Civil Veterinary Dept. Assam report 1927-50 - 1927-1950
Year: 1927
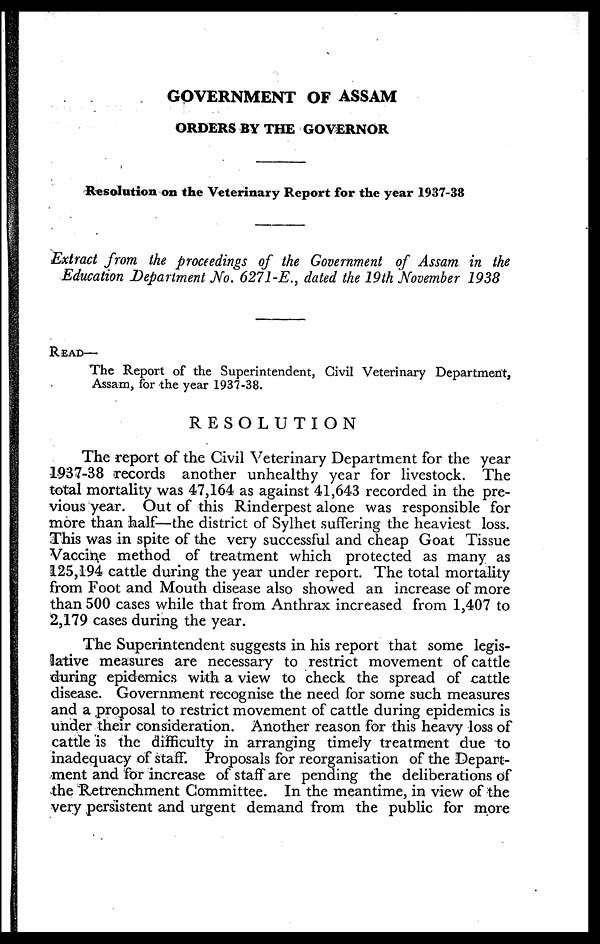
GOVERNMENT OF ASSAM
ORDERS BY THE GOVERNOR
Resolution on the Veterinary Report for the year 1937-38
Extract from the proceedings of the Government of Assam in the
Education Department No. 6271-E., dated the 19th November 1938
READ—
The Report of the Superintendent, Civil Veterinary Department,
Assam, for the year 1937-38.
RESOLUTION
The report of the Civil Veterinary Department for the year
1937-38 records another unhealthy year for livestock. The
total mortality was 47,164 as against 41,643 recorded in the pre-
vious year. Out of this Rinderpest alone was responsible for
more than half—the district of Sylhet suffering the heaviest loss.
This was in spite of the very successful and cheap Goat Tissue
Vaccine method of treatment which protected as many as
125,194 cattle during the year under report. The total mortality
from Foot and Mouth disease also showed an increase of more
than 500 cases while that from Anthrax increased from 1,407 to
2,179 cases during the year.
The Superintendent suggests in his report that some legis-
lative measures are necessary to restrict movement of cattle
during epidemics with a view to check the spread of cattle
disease. Government recognise the need for some such measures
and a proposal to restrict movement of cattle during epidemics is
under their consideration. Another reason for this heavy loss of
cattle is the difficulty in arranging timely treatment due to
inadequacy of staff. Proposals for reorganisation of the Depart-
ment and for increase of staff are pending the deliberations of
the Retrenchment Committee. In the meantime, in view of the
very persistent and urgent demand from the public for more